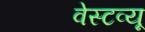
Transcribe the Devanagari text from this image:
वेस्टव्यू